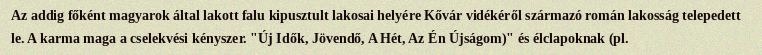
Az addig főként magyarok által lakott falu kipusztult lakosai helyére Kővár vidékéről származó román lakosság telepedett le. A karma maga a cselekvési kényszer. "Új Idők, Jövendő, A Hét, Az Én Újságom)" és élclapoknak (pl.